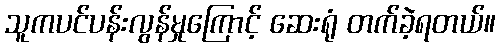
သူကပင်ပန်းလွန်မှုကြောင့် ဆေးရုံ တက်ခဲ့ရတယ်။